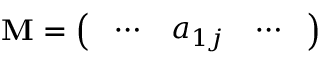
\mathbf { M } = { \left( \begin{array} { l l l } { \ \cdots } & { a _ { 1 j } } & { \cdots \ } \end{array} \right) }